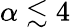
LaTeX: \alpha\lesssim 4